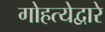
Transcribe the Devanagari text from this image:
गोहत्येद्वारे